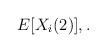
LaTeX: \begin{align*}E[X_{i}(2)],.\end{align*}